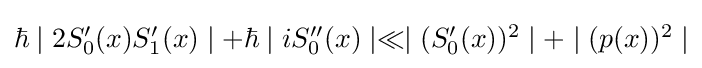
{\textstyle \hbar \mid 2S_{0}'(x)S_{1}'(x)\mid +\hbar \mid iS_{0}''(x)\mid \ll \mid (S_{0}'(x))^{2}\mid +\mid (p(x))^{2}\mid }